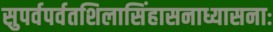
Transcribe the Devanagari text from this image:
सुपर्वपर्वतशिलासिंहासनाध्यासनाः